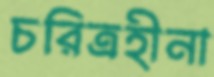
চরিত্রহীনা